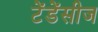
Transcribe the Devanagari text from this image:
टेंडेंसीज